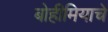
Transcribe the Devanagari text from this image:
बोहीमियाचे